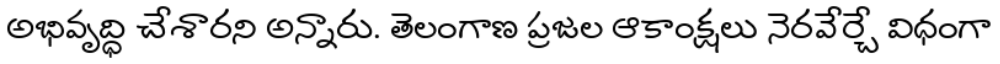
అభివృద్ధి చేశారని అన్నారు. తెలంగాణ ప్రజల ఆకాంక్షలు నెరవేర్చే విధంగా